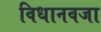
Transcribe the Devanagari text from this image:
विधानवजा